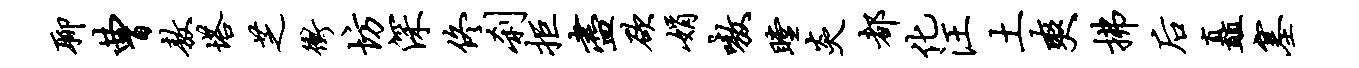
聊曹敖塔芝冲坊深佟刹拒尽欲娟嗷瞠炎都化汪土爽拂後矗塞